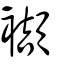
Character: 襭